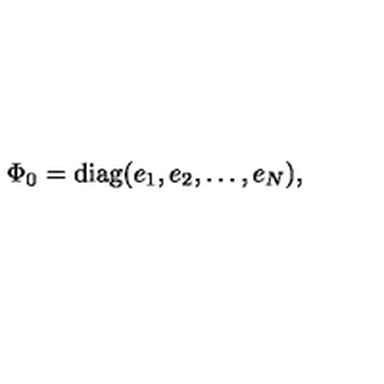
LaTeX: \Phi _ { 0 } = \mathrm { d i a g } ( e _ { 1 } , e _ { 2 } , \ldots , e _ { N } ) ,